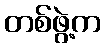
တစ်ဖွဲ့က